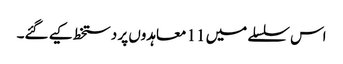
اس سلسلے میں 11 معاہدوں پر دستخط کیے گئے۔